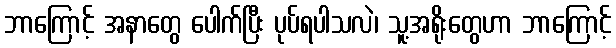
ဘာကြောင့် အနာတွေ ပေါက်ပြီး ပုပ်ရပါသလဲ၊ သူ့အရိုးတွေဟာ ဘာကြောင့်